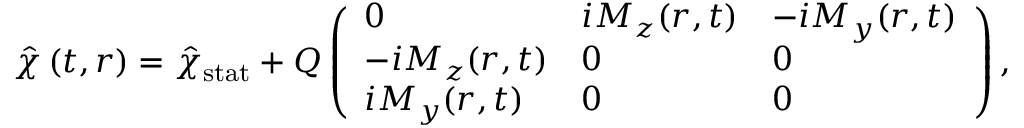
\hat { \chi } \left( t , \boldsymbol { r } \right) = { \hat { \chi } } _ { \mathrm { s t a t } } + Q \left( \begin{array} { l l l } { 0 } & { i M _ { z } ( { \boldsymbol { r } } , t ) } & { - i M _ { y } ( { \boldsymbol { r } } , t ) } \\ { - i M _ { z } ( { \boldsymbol { r } } , t ) } & { 0 } & { 0 } \\ { i M _ { y } ( { \boldsymbol { r } } , t ) } & { 0 } & { 0 } \end{array} \right) ,